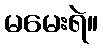
မမေးရဲ။